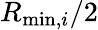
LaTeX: R_{\mathrm{min},i}/2